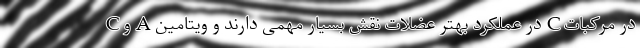
C و A در عملکرد بهتر عضلات نقش بسیار مهمی دارند و ویتامین C در مرکبات